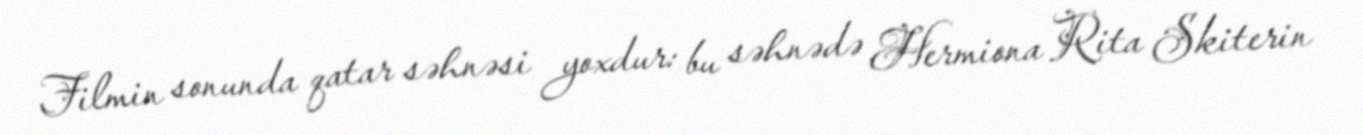
Filmin sonunda qatar səhnəsi yoxdur: bu səhnədə Hermiona Rita Skiterin